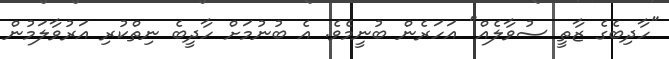
"ހާދިބެގެ ޒާތީ ސުވާލެއް" އަހަރެން ބުނީމެވެ. އެ ބުނުމަށް ހާދީބެ ނިތްކުރި އަރުވާލަމުން